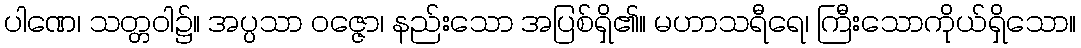
ပါဏေ၊ သတ္တဝါ၌။ အပ္ပသာ ဝဇ္ဇော၊ နည်းသော အပြစ်ရှိ၏။ မဟာသရီရေ၊ ကြီးသောကိုယ်ရှိသော။